Report on the working of the Ranchi Indian Mental Hospital, Kanke, in Bihar and Orissa - 1930-1940
Year: 1930
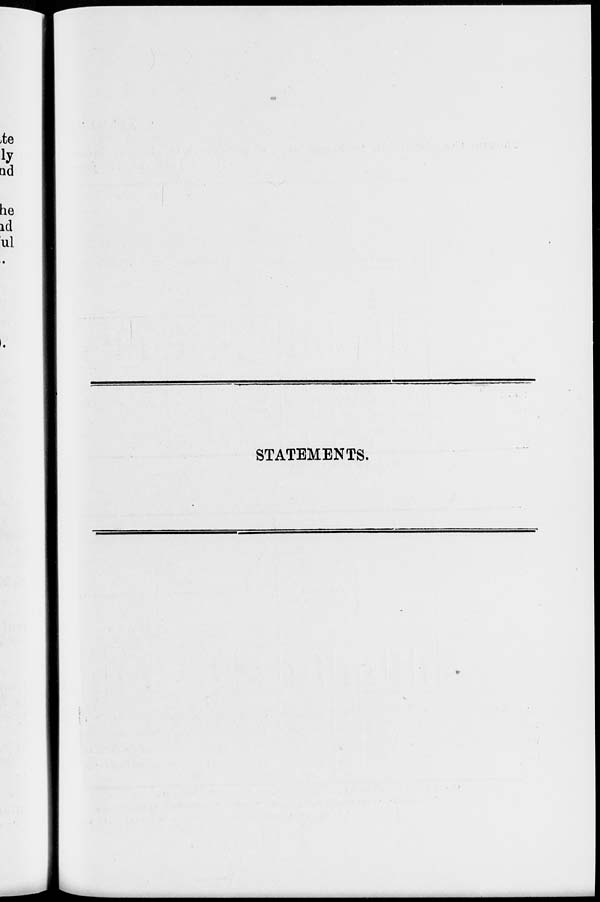
STATEMENTS.